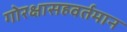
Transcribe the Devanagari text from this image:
गोरक्षासहवर्तमान